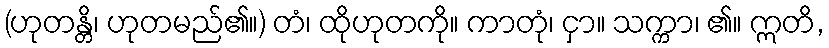
(ဟုတန္တိ၊ ဟုတမည်၏။) တံ၊ ထိုဟုတကို။ ကာတုံ၊ ငှာ။ သက္ကာ၊ ၏။ ဣတိ,